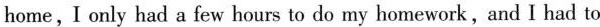
home, I only had a few hours to do my homework, and I had to